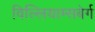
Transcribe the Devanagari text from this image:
विल्लियाम्सबेर्ग